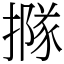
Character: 𢵌